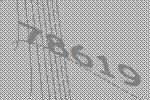
78619